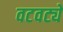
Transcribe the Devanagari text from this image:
वटवट्ये